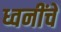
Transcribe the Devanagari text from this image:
ध्वनींचे